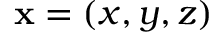
\mathbf { x } = ( x , y , z )